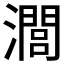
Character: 𤁵